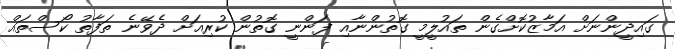
ގައިދީންނަށް އަމާޒުކޮށްގެން ތައުލީމީ ގޮތުންނާއި ފަންނީ ގޮތުން ކުރިއަށް ދެވޭނެ ތަފާތު ކޯސްތައް